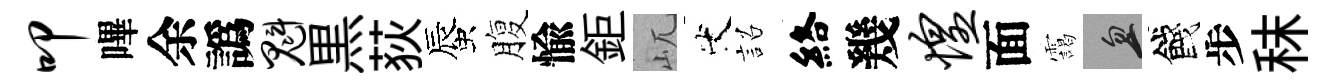
叩嗶余譌魁黒荻蜃腹愉鉅屼代詔絡幾惶面靄忽餞步秣